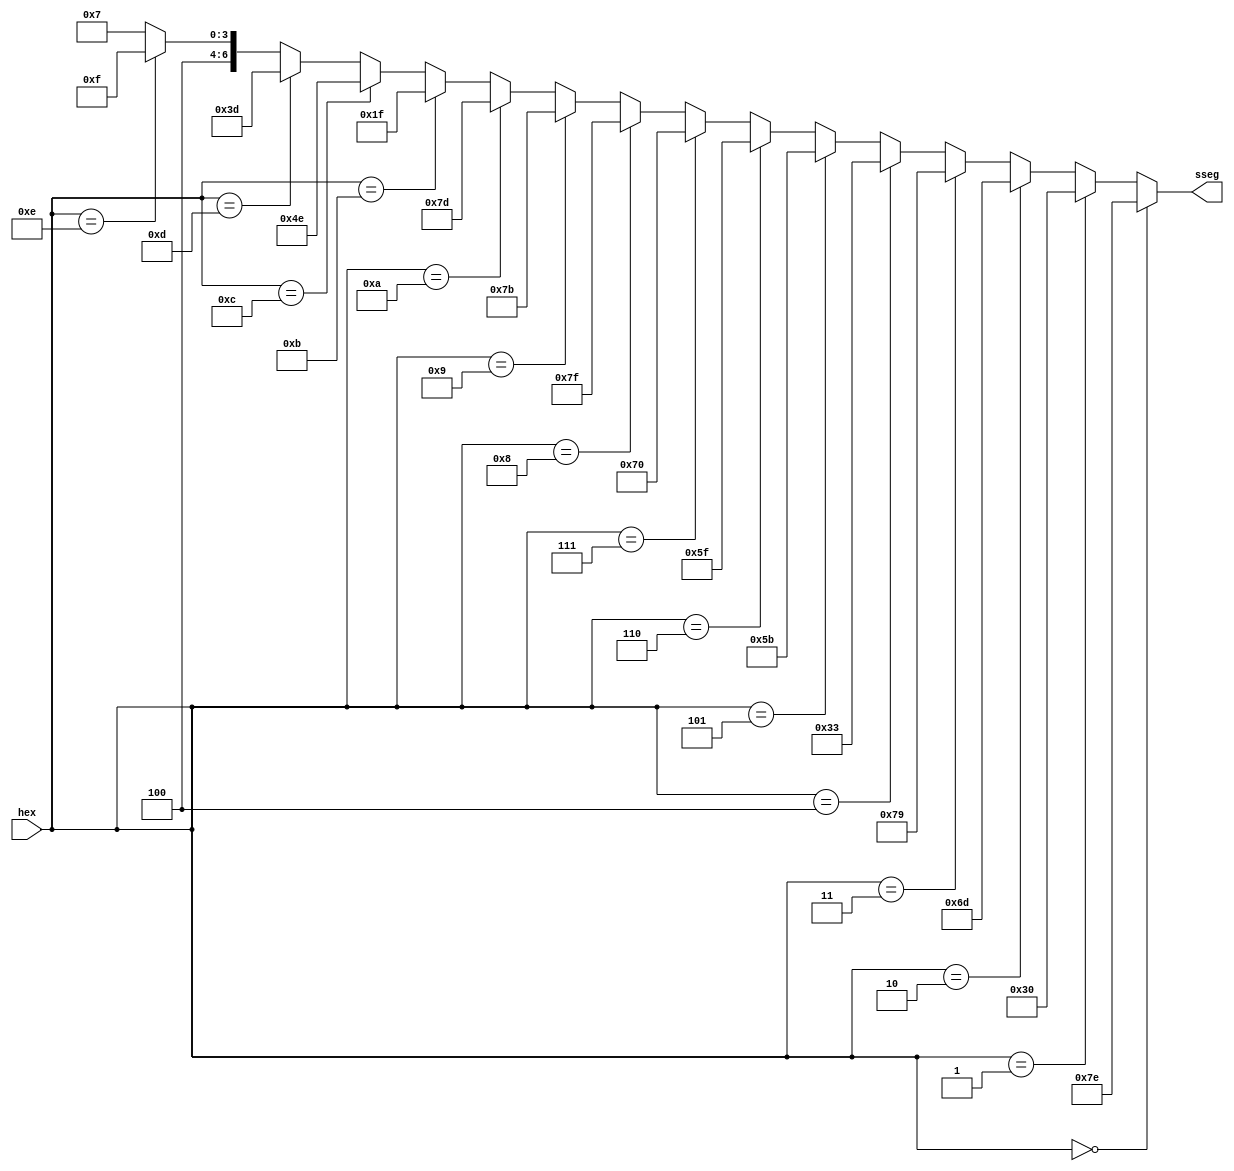
// Matrix Multiplication Accelerator (MMA)
// EEE4120F (HPES) 2020 YODA Project
// Hexadecimal to 7 segment display comverter
`timescale 1ns / 1ps

module HexTo7Seg (
    // === INPUTS & OUTPUTS ===
    input [3:0] hex,                    // Input (hexadecimal)
    output wire [6:0] sseg              // Output (input represented for 7 segment display)
);

// === LOCAL PARAMETERS ===
localparam [6:0]                        // Hexadecimal characters to 7 segment segments table
    HEX_0 = 7'b1111110,
    HEX_1 = 7'b0110000,
    HEX_2 = 7'b1101101,
    HEX_3 = 7'b1111001,
    HEX_4 = 7'b0110011,
    HEX_5 = 7'b1011011,
    HEX_6 = 7'b1011111,
    HEX_7 = 7'b1110000,
    HEX_8 = 7'b1111111,
    HEX_9 = 7'b1111011,
    HEX_A = 7'b1111101,
    HEX_B = 7'b0011111,
    HEX_C = 7'b1001110,
    HEX_D = 7'b0111101,
    HEX_E = 7'b1001111,
    HEX_F = 7'b1000111;

// === REGISTERS & WIRES ===
assign sseg = // Segment combinational assignment
    (hex == 4'h0) ? HEX_0 :
    (hex == 4'h1) ? HEX_1 :
    (hex == 4'h2) ? HEX_2 :
    (hex == 4'h3) ? HEX_3 :
    (hex == 4'h4) ? HEX_4 :
    (hex == 4'h5) ? HEX_5 :
    (hex == 4'h6) ? HEX_6 :
    (hex == 4'h7) ? HEX_7 :
    (hex == 4'h8) ? HEX_8 :
    (hex == 4'h9) ? HEX_9 :
    (hex == 4'hA) ? HEX_A :
    (hex == 4'hB) ? HEX_B :
    (hex == 4'hC) ? HEX_C :
    (hex == 4'hD) ? HEX_D :
    (hex == 4'hE) ? HEX_E :
    HEX_F;

endmodule